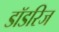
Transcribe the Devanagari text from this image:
डॉडरिज